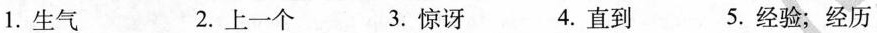
1.生气 2.上一个 3.惊讶 4.直到 5.经验；经历